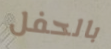
بالحفل